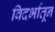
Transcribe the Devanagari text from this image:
विदर्भातून